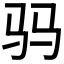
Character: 𱄿